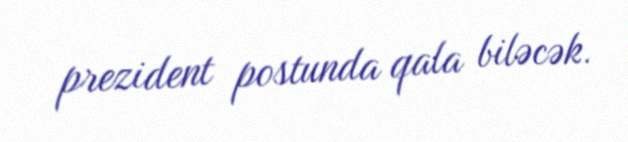
prezident postunda qala biləcək.